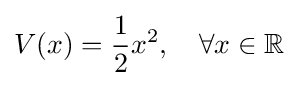
V(x)={\frac {1}{2}}x^{2},\quad \forall x\in \mathbb {R}